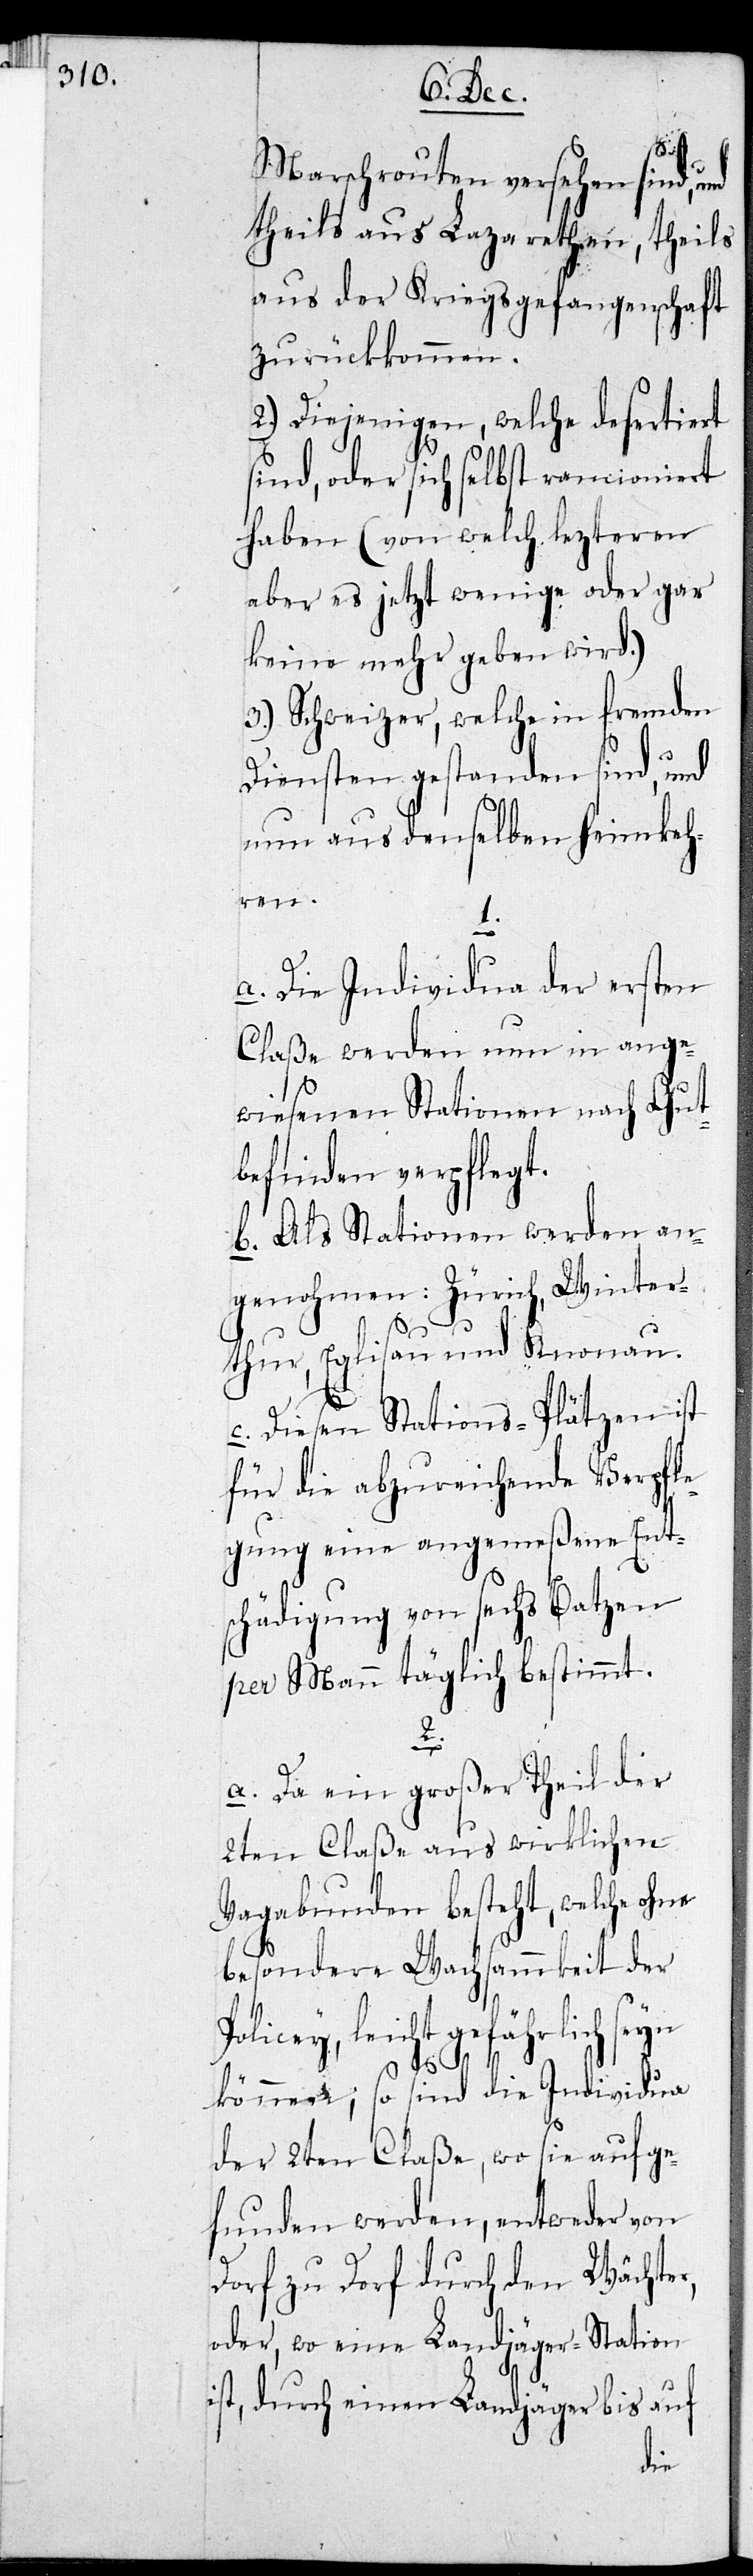
Marschrouten versehen sind,
theils aus Lazarethen, theils
aus der Kriegsgefangenschaft
zurückkommen.
2.) Diejenigen, welche desertiert
sind, oder sich selbst rancioniert
haben (von welch lezteren
aber es jetzt wenige oder gar
keine mehr geben wird.)
3.) Schweizer, welche in fremden
Diensten gestanden sind, und
nun aus denselben heimkeh¬
ren.
a. Die Individuen der ersten
Claße werden nun in ange¬
wiesenen Stationen nach Gut¬
befinden verpflegt.
b. Als Stationen werden an¬
genohmen: Zürich, Winter¬
thur, Eglisau und Knonau.
c. Diesen Stations-Plätzen ist
für die abzureichende Verpfle¬
gung eine angemeßene Ents¬
chädigung von sechs Batzen
per Mann täglich bestimmt.
r,
a. Da ein großer Theil der
2ten Claße aus wirklichen
Vagabunden besteht, welche ohne
besondere Wachsammkeit der
Policey, leicht gefährlich seyn
können; so sind die Individuen
der 2ten Claße, wo sie aufge¬
funden werden, entweder von
Dorf zu Dorf durch den Wächte¬
oder, wo eine Landjäger-Station
ist, durch einen Landjäger bis auf